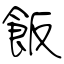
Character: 飯